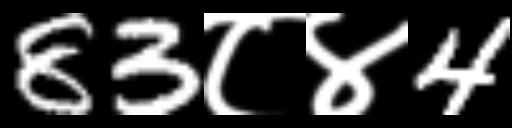
Text: 83८४4